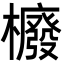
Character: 櫠